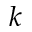
k